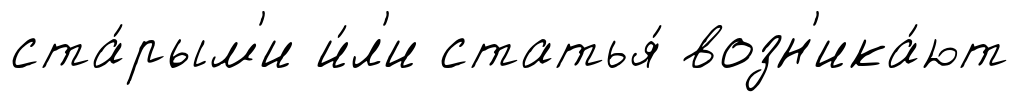
ста́рым'и и́л'и статья́ возн'ика́ют